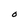
Character: O